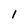
Character: 1